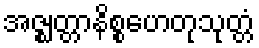
အဇ္ဈတ္တာနိစ္စဟေတုသုတ္တံ